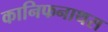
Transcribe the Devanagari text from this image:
कानिफनाथस